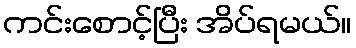
ကင်းစောင့်ပြီး အိပ်ရမယ်။